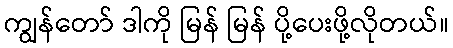
ကျွန်တော် ဒါကို မြန် မြန် ပို့ပေးဖို့လိုတယ်။